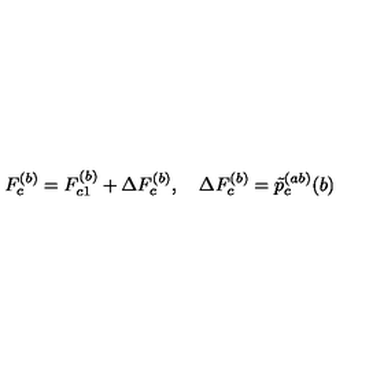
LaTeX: F _ { c } ^ { ( b ) } = F _ { c 1 } ^ { ( b ) } + \Delta F _ { c } ^ { ( b ) } , \quad \Delta F _ { c } ^ { ( b ) } = \tilde { p } _ { c } ^ { ( a b ) } ( b )